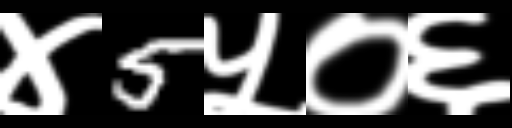
Text: ४5५०६